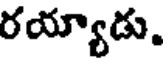
రయ్యాడు.